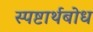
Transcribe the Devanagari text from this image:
स्पष्टार्थबोध